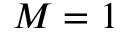
M = 1